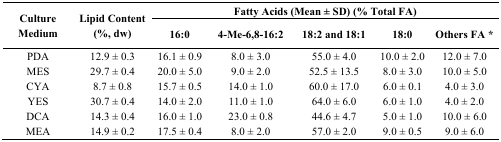
| <ROWSPAN=2> Culture Medium | <ROWSPAN=2> Lipid Content (%, dw) | <COLSPAN=5> Fatty Acids (Mean ± SD) (% Total FA) |
 | 16:0 | 4-Me-6,8-16:2 | 18:2 and 18:1 | 18:0 | Others FA * |
 | --- | --- | --- | --- | --- | --- | --- |
 | PDA | 12.9 ± 0.3 | 16.1 ± 0.9 | 8.0 ± 3.0 | 55.0 ± 4.0 | 10.0 ± 2.0 | 12.0 ± 7.0 |
 | MES | 29.7 ± 0.4 | 20.0 ± 5.0 | 9.0 ± 2.0 | 52.5 ± 13.5 | 8.0 ± 3.0 | 10.0 ± 5.0 |
 | CYA | 8.7 ± 0.8 | 15.7 ± 0.5 | 14.0 ± 1.0 | 60.0 ± 17.0 | 6.0 ± 0.1 | 4.0 ± 3.0 |
 | YES | 30.7 ± 0.4 | 14.0 ± 2.0 | 11.0 ± 1.0 | 64.0 ± 6.0 | 6.0 ± 1.0 | 4.0 ± 2.0 |
 | DCA | 14.3 ± 0.4 | 16.0 ± 1.0 | 23.0 ± 0.8 | 44.6 ± 4.7 | 5.0 ± 1.0 | 10.0 ± 6.0 |
 | MEA | 14.9 ± 0.2 | 17.5 ± 0.4 | 8.0 ± 2.0 | 57.0 ± 2.0 | 9.0 ± 0.5 | 9.0 ± 6.0 |